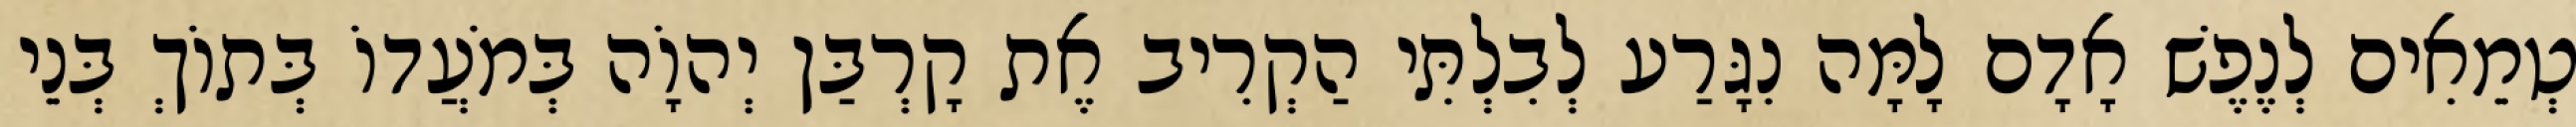
טְמֵאִים לְנֶפֶשׁ אָדָם לָמָּה נִגָּרַע לְבִלְתִּי הַקְרִיב אֶת קָרְבַּן יְהוָֹה בְּמֹעֲדוֹ בְּתוֹךְ בְּנֵי